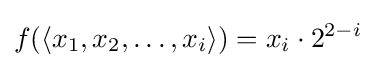
f(\langle x_{1},x_{2},\ldots ,x_{i}\rangle )=x_{i}\cdot 2^{2-i}